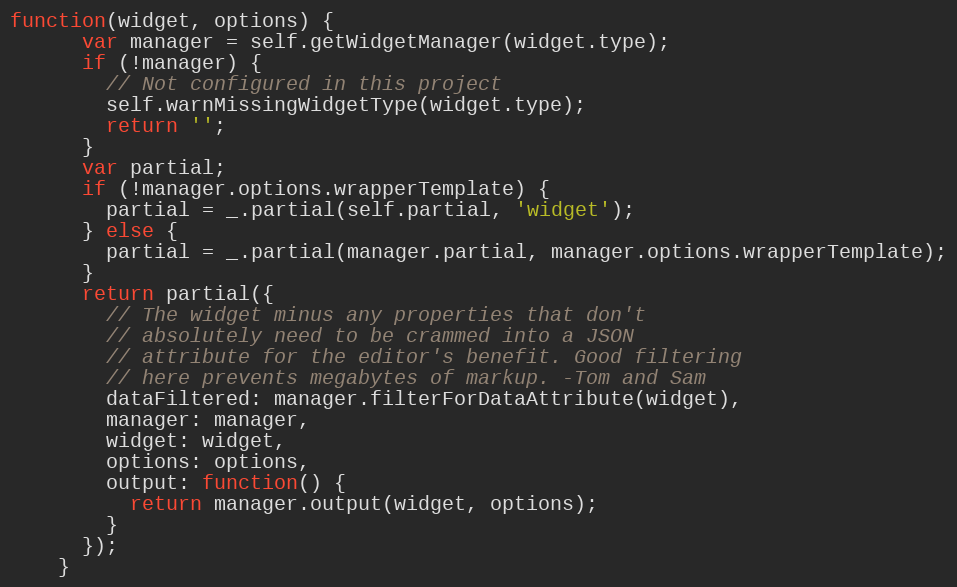
Language: JavaScript
function(widget, options) {
      var manager = self.getWidgetManager(widget.type);
      if (!manager) {
        // Not configured in this project
        self.warnMissingWidgetType(widget.type);
        return '';
      }
      var partial;
      if (!manager.options.wrapperTemplate) {
        partial = _.partial(self.partial, 'widget');
      } else {
        partial = _.partial(manager.partial, manager.options.wrapperTemplate);
      }
      return partial({
        // The widget minus any properties that don't
        // absolutely need to be crammed into a JSON
        // attribute for the editor's benefit. Good filtering
        // here prevents megabytes of markup. -Tom and Sam
        dataFiltered: manager.filterForDataAttribute(widget),
        manager: manager,
        widget: widget,
        options: options,
        output: function() {
          return manager.output(widget, options);
        }
      });
    }